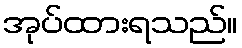
အုပ်ထားရသည်။